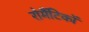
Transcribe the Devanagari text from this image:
रोमैंटिकों